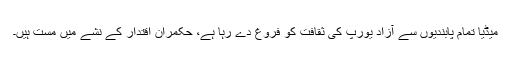
میڈیا تمام پابندیوں سے آزاد یورپ کی ثقافت کو فروغ دے رہا ہے، حکمران اقتدار کے نشے میں مست ہیں۔